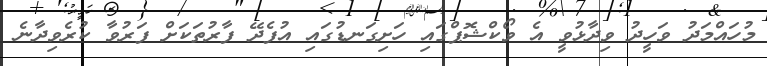
މުހައްމަދު ވަހީދު ވިދާޅުވީ އެ ވޯކްޝޮޕްގައި ހަށިގަނޑުގައި އުފެދޭ ފާރުތަކަށް ފަރުވާ ކުރެވިދާނެ